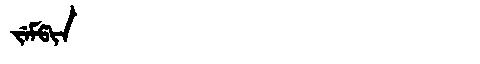
Manchu: ᠵᡝᠮᡦᡳᠨ
Romanization: JEMPIN